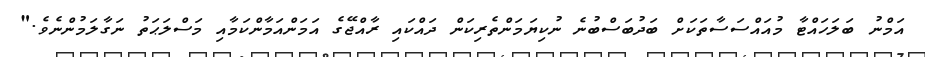
އަމްނު ބަލަހައްޓާ މުއައްސަސާތަކަށް ބަދުބަސްބުނެ ނުކިޔަމަންތެރިކަން ދައްކައި ރާއްޖޭގެ އަމަންއަމާންކަމާއި މަސްލަޙަތު ނަގާލަމުންނެވެ."